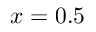
x = 0 . 5